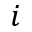
i